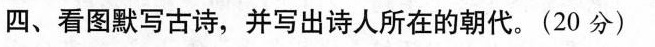
四、看图默写古诗，并写出诗人所在的朝代。(20分)